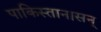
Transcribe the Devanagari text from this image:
पाकिस्तान।सन्